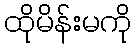
ထိုမိန်းမကို